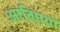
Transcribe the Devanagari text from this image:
आदिमयों